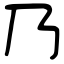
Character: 乃